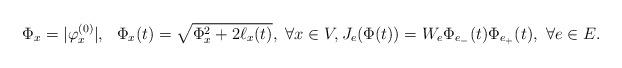
LaTeX: \begin{align*}\Phi_x=\vert\varphi^{(0)}_x\vert, ~~\Phi_{x}(t)=\sqrt{\Phi_x^2+2\ell_x(t)}, ~\forall x\in V, J_e(\Phi(t))=W_e \Phi_{e_{-}}(t)\Phi_{e_{+}}(t), ~\forall e\in E.\end{align*}